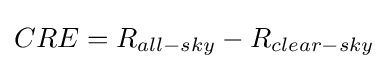
CRE=R_{all-sky}-R_{clear-sky}